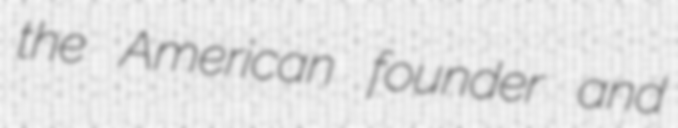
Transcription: the American founder and